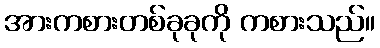
အားကစားတစ်ခုခုကို ကစားသည်။